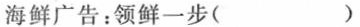
海鲜广告：领鲜一步()